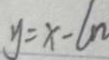
y = x - 6 n